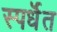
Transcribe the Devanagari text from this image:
स्पर्धॆत